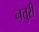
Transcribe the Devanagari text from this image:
नत्तुरी